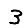
Digit: 3